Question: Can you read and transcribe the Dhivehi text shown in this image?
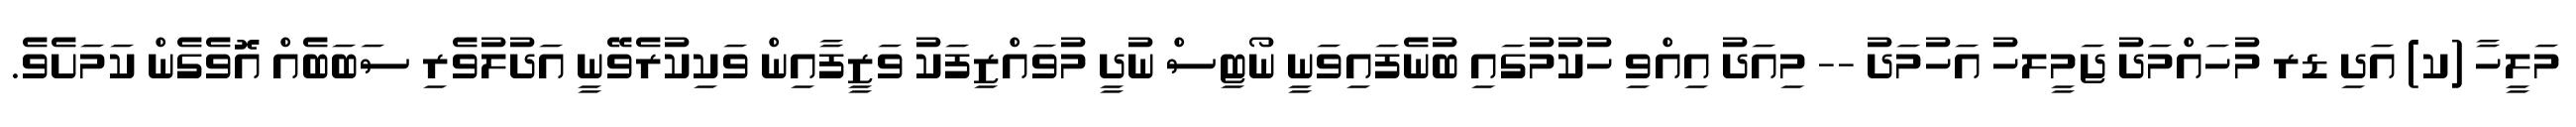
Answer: މަލީހާ (ކ) އަދި ޑރ މުހައްމަދު ޖަމީލހު އަހުމަދު -- މިއަދު އިއްވި ހުކުމުގައި ބުނެފައިވަނީ ނޯޓިސް ނުދީ މުވައްޒިފަކު ވަޒީފާއިން ވަކިކުރެވޭނީ އަދުލުވެރި ސަބަބެއް އޮވެގެން ކަމަށެވެ.